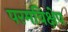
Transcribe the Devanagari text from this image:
परमविक्षेप